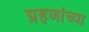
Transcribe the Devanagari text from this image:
ग्रहणांच्या